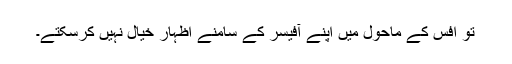
تو افس کے ماحول میں اپنے آفیسر کے سامنے اظہار خیال نہیں کرسکتے۔